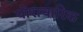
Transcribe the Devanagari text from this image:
घोराचारिक